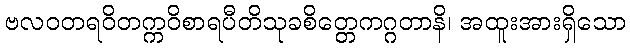
ဗလဝတရဝိတက္ကဝိစာရပီတိသုခစိတ္တေကဂ္ဂတာနိ၊ အထူးအားရှိသော